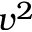
v ^ { 2 }